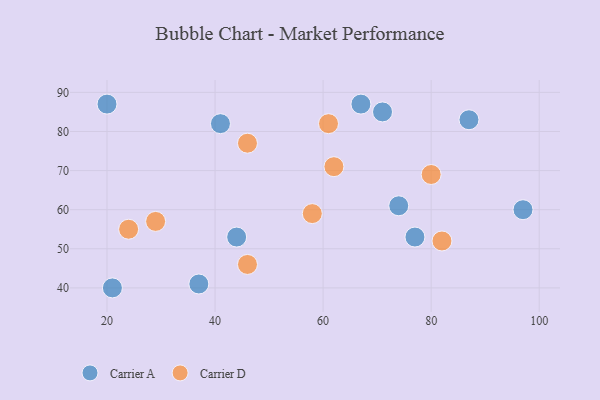
{"axis": {"x": "GDP", "y": "Life Expectancy"}, "legend": ["Carrier A", "Carrier D"], "data": [{"x": "21", "y": 40, "type": "Carrier A"}, {"x": "37", "y": 41, "type": "Carrier A"}, {"x": "67", "y": 87, "type": "Carrier A"}, {"x": "41", "y": 82, "type": "Carrier A"}, {"x": "44", "y": 53, "type": "Carrier A"}, {"x": "74", "y": 61, "type": "Carrier A"}, {"x": "77", "y": 53, "type": "Carrier A"}, {"x": "20", "y": 87, "type": "Carrier A"}, {"x": "71", "y": 85, "type": "Carrier A"}, {"x": "97", "y": 60, "type": "Carrier A"}, {"x": "87", "y": 83, "type": "Carrier A"}, {"x": "46", "y": 77, "type": "Carrier D"}, {"x": "62", "y": 71, "type": "Carrier D"}, {"x": "24", "y": 55, "type": "Carrier D"}, {"x": "82", "y": 52, "type": "Carrier D"}, {"x": "58", "y": 59, "type": "Carrier D"}, {"x": "46", "y": 46, "type": "Carrier D"}, {"x": "80", "y": 69, "type": "Carrier D"}, {"x": "29", "y": 57, "type": "Carrier D"}, {"x": "61", "y": 82, "type": "Carrier D"}]}